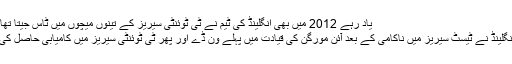
یاد رہے 2012 میں بھی انگلینڈ کی ٹیم نے ٹی ٹوئنٹی سیریز کے تینوں میچوں میں ٹاس جیتا تھا.
انگلینڈ نے ٹیسٹ سیریز میں ناکامی کے بعد آئن مورگن کی قیادت میں پہلے ون ڈے اور پھر ٹی ٹوئنٹی سیریز میں کامیابی حاصل کی۔